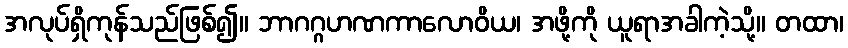
အလုပ်ရှိကုန်သည်ဖြစ်၍။ ဘာဂဂ္ဂဟဏကာလောဝိယ၊ အဖို့ကို ယူရာအခါကဲ့သို့။ တထာ၊